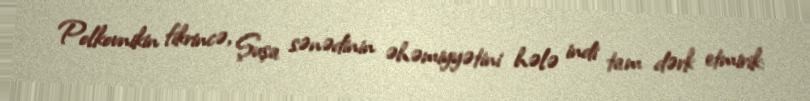
Polkovnikin fikrincə, Şuşa sənədinin əhəmiyyətini hələ indi tam dərk etmirik: